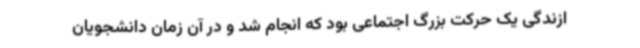
ازندگی یک حرکت بزرگ اجتماعی بود که انجام شد و در آن زمان دانشجویان